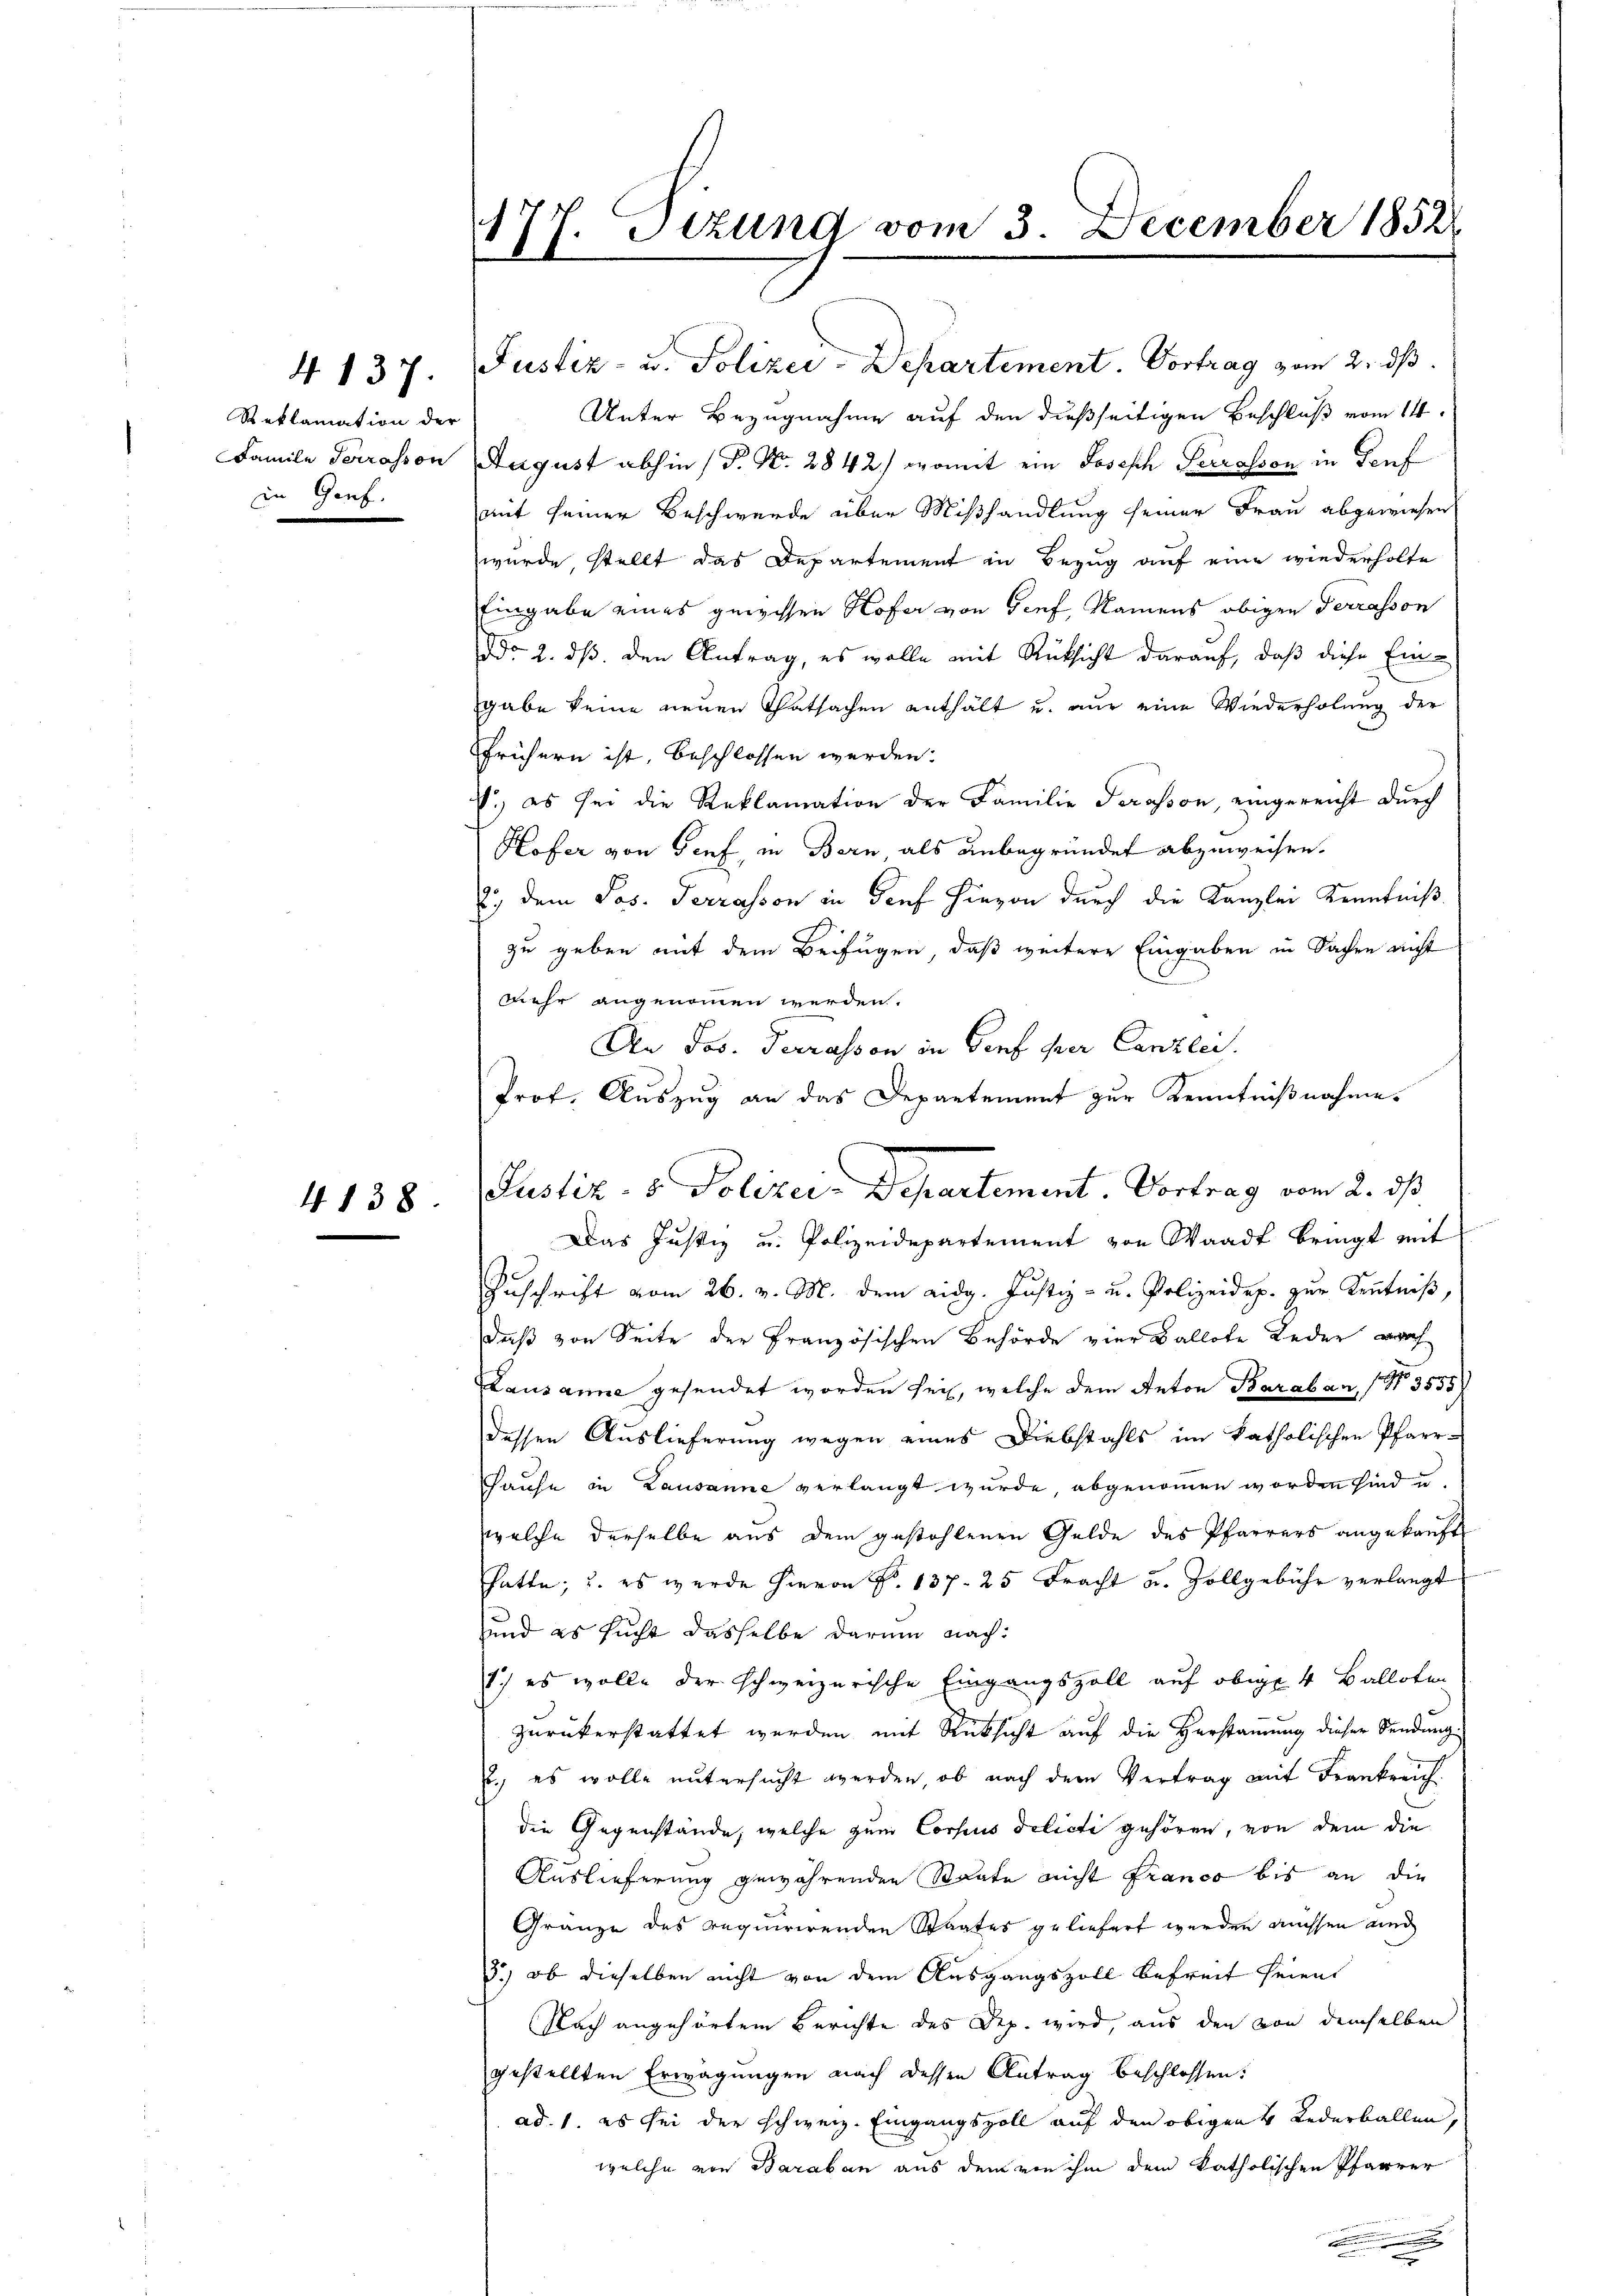
Reklamation der
Famile Terrasson
in Genf.

4. 137.

4138.

Stzung vom 3. December 1852
c
11.
e

Justiz- u. Polizei-Departement. Vortrag vom 2. ds.
Unter Bezugnahme auf den dießseitigen Beschluß vom 14.
August abhin (P. Nr. 2842) womit ein Joseph Perrasson in Senf
mit seiner Beschwerde über Mißhandlung seiner Frau abgewiesen
wurde, stellt das Departement in Bezug auf eine wiederholte
Eingabe eines gewissen Hofer von Genf, Namens obigen Terrasson
ddo 2. ds. den Antrag, es wolle mit Rücksicht darauf, daß diese Eingabe keine neuen Thatsachen enthält u. nur eine Wiederholung der
frühern ist, beschlossen werden.
.) es sei die Reklamation der Familie Serasson, eingereicht durch
Hofer von Genf, in Bern, als unbegründet abzuweisen.
2., dem Jos. Terrasson in Dorf hievon durch die Kanzlei Kenntniß
zu geben mit dem Beifügen, daß weitere Eingaben in Sachen nicht
mehr angenommen werden.
An Jos. Terrasson in Genf per Canzlei.
Prof. Auszug an das Departement zur Kenntnißnahme.
Das Justiz u. Polizeidepartement von Waadt bringt mit
Zuschrift vom 26. v. M. dem Aidg. Justiz- u. Polizeidep. zur Kenntniß,
daß von Seite der Französischen Behörde vier Ballote Leder auch
Lausanne gesendet worden sei, welche dem Anton Baraban (No. 3555/
dessen Auslieferung wegen eines Diebstahls im katholischen Pfarr-
Hause in Lausanne verlangt wurde, abgenommen worden sind u.
welche derselbe aus dem gestohlenen Gelde des Pfarrers angekauft
hatte, u. es werde hievon Nr. 137. 25 Fracht u. Zollgebühr verlangt
und es sucht dasselbe darum nach:
1) es wolle der schweizerische Eingangszoll auf obige 4 Balloten
zurückerstattet werden mit Rücksicht auf die Herstammung dieser Sendung
., es wolle untersucht werden, ob nach dem Vertrag mit Frankreich.
die Gegenstände, welche zum Corsius delicti gehören, von dem die
Auslieferung gewährenden Staate nicht Franco bis an die
Gränze des requirirenden Staates geliefert werden müssen und
3.) ob dieselben nicht von dem Ausgangszoll befreit seien
Nach angehörtem Berichte des Dep. wird, aus den von demselben
gestellten Erwägungen nach dessen Antrag beschlossen:
ad. 1. es sei der schweiz. Eingangszoll auf den obigen 4 Lederballen,
welche von Baraban aus dem von ihm dem katholischen Pfarrer
.

Justiz- & Polizei-Departement. Vortrag vom 2. ds